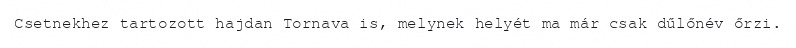
Csetnekhez tartozott hajdan Tornava is, melynek helyét ma már csak dűlőnév őrzi.